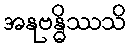
အနုဗန္ဓိဿသိ